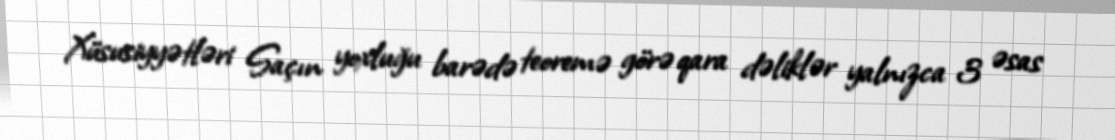
Xüsusiyyətləri Saçın yoxluğu barədə teoremə görə qara dəliklər yalnızca 3 əsas